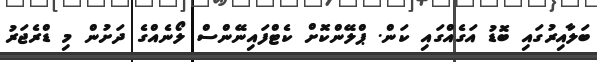
ބަލާއިރުގައި ބޮޑު އަގެއްގައި ކަން. ޕްލޭންކޮށް ކެޓްފައިނޭންސް ލޯނެއްގެ ދަށުން މި ޑްރެޖަރު